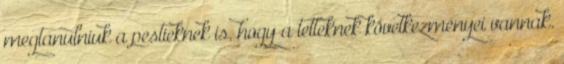
megtanulniuk a pestieknek is, hogy a tetteknek következményei vannak.